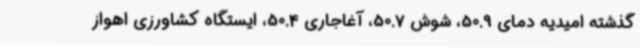
گذشته امیدیه دمای 50.9، شوش 50.7، آغاجاری 50.4، ایستگاه کشاورزی اهواز